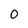
Character: 0